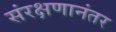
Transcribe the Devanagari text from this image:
संरक्षणानंतर